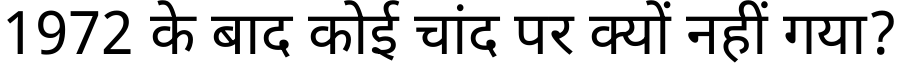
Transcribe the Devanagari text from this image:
1972 के बाद कोई चांद पर क्यों नहीं गया?